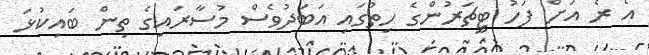
އެ ރެ އަށް ފަހު ޓީޗަރުންގެ ހިތުގައި އަބަދުވެސް މުސާރައިގެ ތިން ބައިކުޅަ